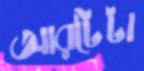
আরটেটা